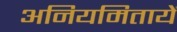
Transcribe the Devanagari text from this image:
अनियमितायें